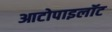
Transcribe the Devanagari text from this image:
आटोपाइलॉट